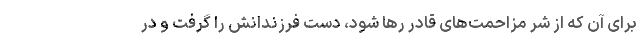
برای آن که از شر مزاحمت‌های قادر رها شود، دست فرزندانش را گرفت و در